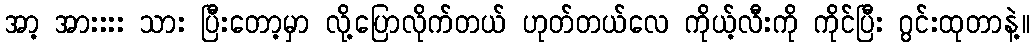
အာ့ အားးးး သား ပြီးတော့မှာ လို့ပြောလိုက်တယ် ဟုတ်တယ်လေ ကိုယ့်လီးကို ကိုင်ပြီး ဂွင်းထုတာနဲ့။